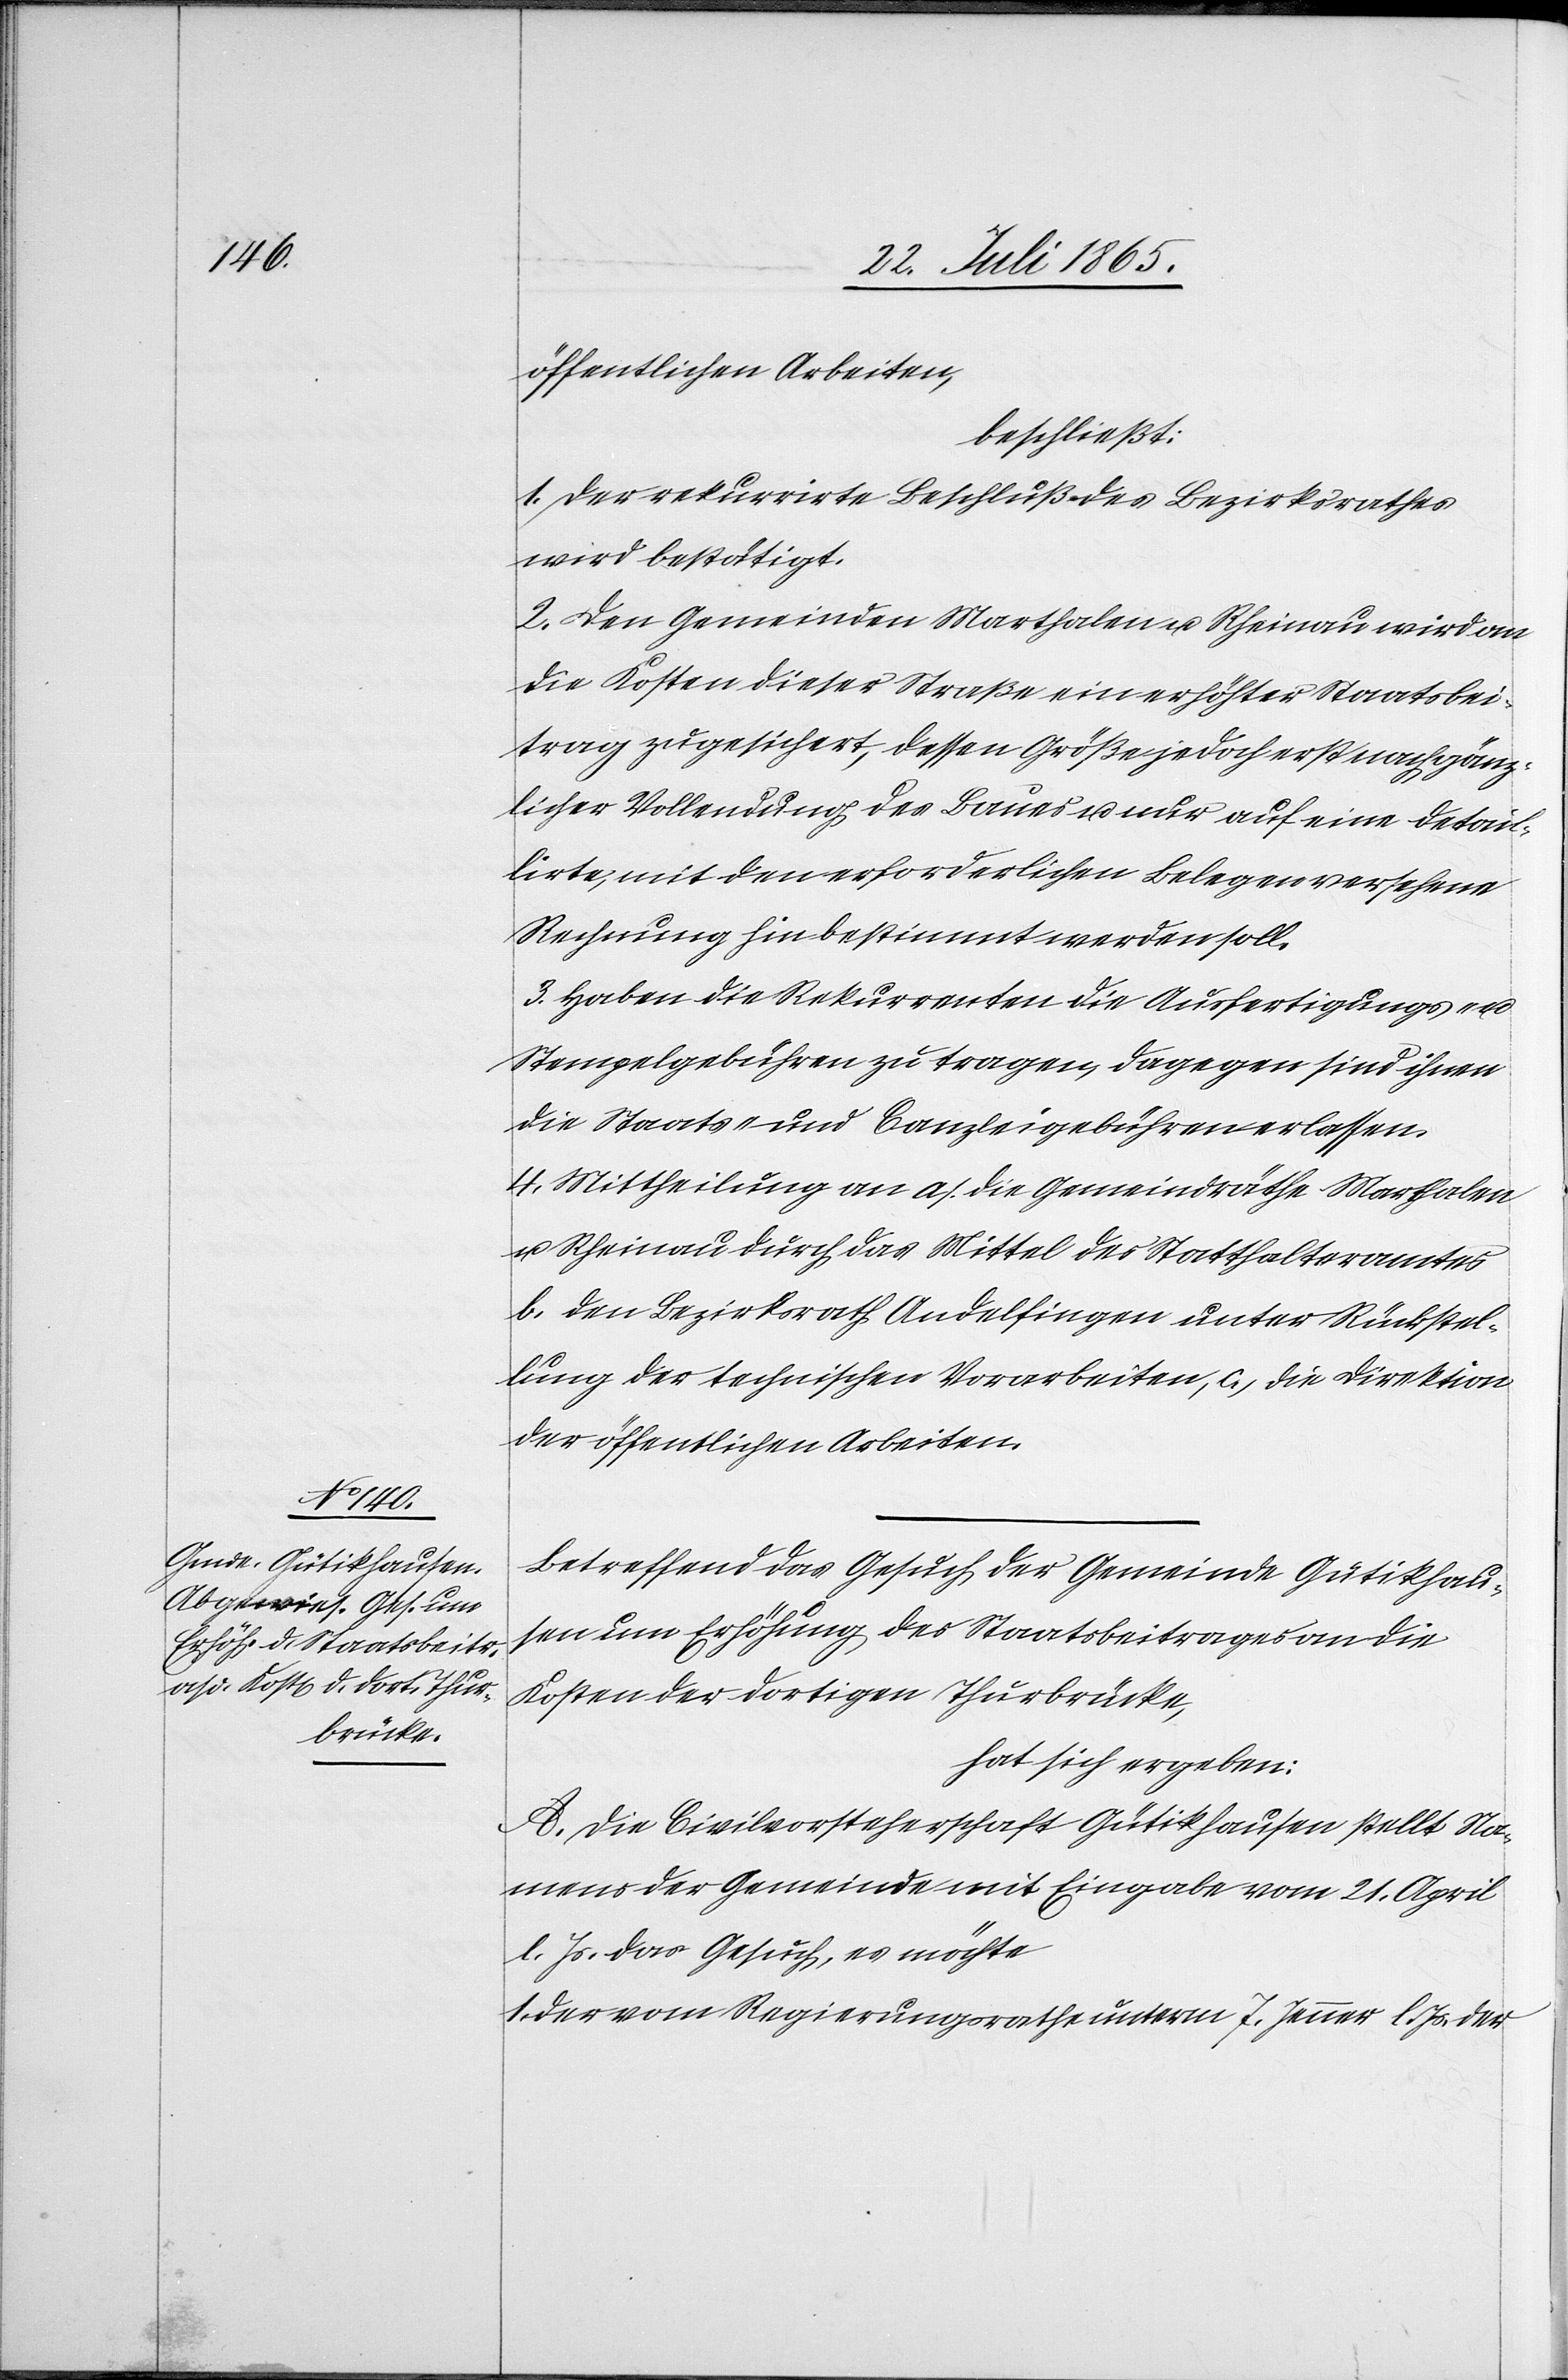
öffentlichen Arbeiten,
beschließt:
1. Der rekurrirte Beschluß des Bezirksrathes
wird bestätigt.
2. Den Gemeinden Marthalen u. Rheinau wird an
die Kosten dieser Straße ein erhöhter Staatsbei¬
trag zugesichert, dessen Größe jedoch erst nach gänz¬
licher Vollendung des Baues u. nur auf eine detail¬
lirte, mit den erforderlichen Belegen versehene
Rechnung hin bestimmt werden soll.
3. Haben die Rekurrenten die Ausfertigungs-
Stempelgebühren zu tragen, dagegen sind ihnen
die Staats- und Canzleigebühren erlassen.
4. Mittheilung an a. die Gemeindräthe Marthalen
u. Rheinau durch das Mittel des Statthalteramtes
b. den Bezirksrath Andelfingen unter Rückstel¬
lung der technischen Vorarbeiten, c. die Direktion
der öffentlichen Arbeiten.
Betreffend das Gesuch der Gemeinde Gütikhau¬
sen um Erhöhung des Staatsbeitrages an die
Kosten der dortigen Thurbrücke,
hat sich ergeben:
A. Die Civilvorsteherschaft Gütikhausen stellt Na¬
mens der Gemeinde mit Eingabe vom 21. April
l. Js. das Gesuch, es möchte
1. der vom Regierungsrathe unterm 7. Jenner l. Js. der